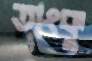
তাংকু